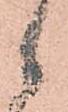
候